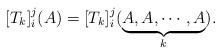
LaTeX: \begin{align*}[T_k]_i^j(A) = [T_k]_i^j (\underbrace{A,A,\cdots,A}_k).\end{align*}